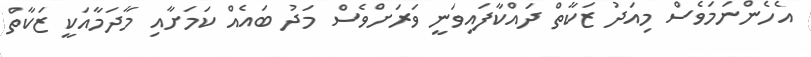
އެހެންނަމަވެސް މިއަދު ޒަކާތް ދައްކާފައިވަނީ ވަރަށްވެސް މަދު ބައެއް ކަމަށާއި މާދަމާއަކީ ޒަކާތް